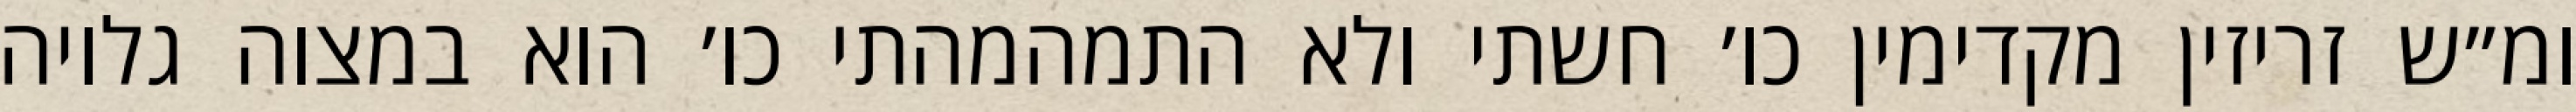
ומ״ש זריזין מקדימין כו׳ חשתי ולא התמהמהתי כו׳ הוא במצוה גלויה